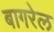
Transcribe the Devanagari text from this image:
बागरेल